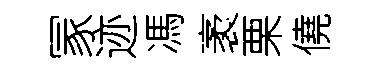
冡迹馮袤栗僥